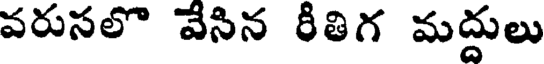
వరుసలొ వేసిన రీతిగ మద్దులు